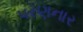
પરણનાર